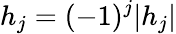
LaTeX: h_{j}=(-1)^{j}|h_{j}|